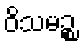
ဝိသမဉ္စ